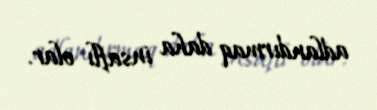
adlandırmaq daha insaflı olar.